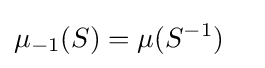
\mu _{-1}(S)=\mu (S^{-1})\quad